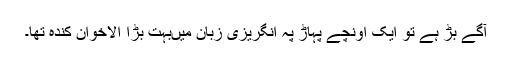
آگے بڑ ہے تو ایک اونچے پہاڑ پہ انگریزی زبان میںبہت بڑا الاخوان کندہ تھا۔